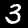
Digit: 3